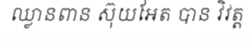
ឈ្លានពាន ស៊ុយអែត បាន វិវត្ត